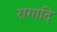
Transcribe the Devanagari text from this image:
रागादि